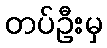
တပ်ဦးမှ